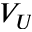
V _ { U }